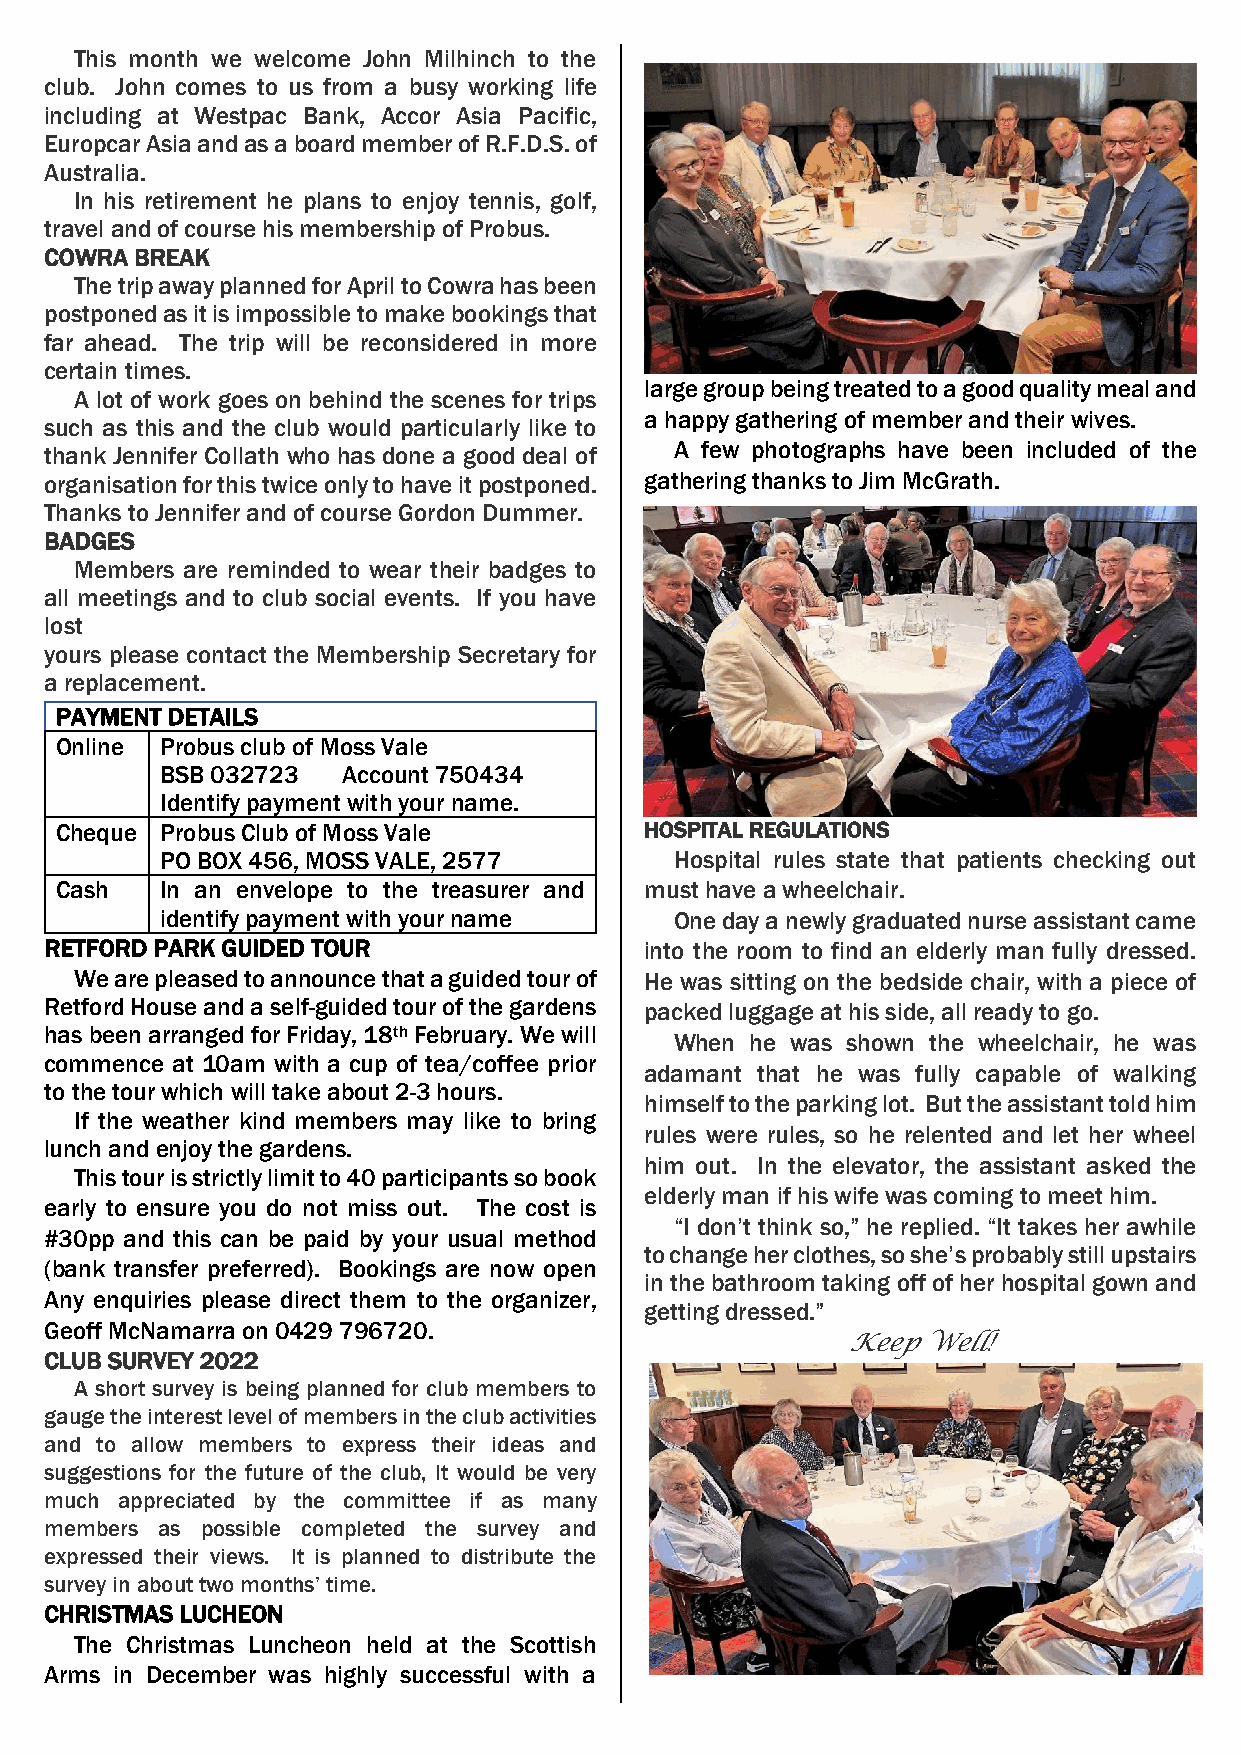
This month we welcome John Milhinch to the
 club. John comes to us from a busy working life
 including at Westpac Bank, Accor Asia Pacific,
 Europcar Asia and as a board member of R.F.D.S. of
 Australia.
 In his retirement he plans to enjoy tennis, golf,
 travel and of course his membership of Probus.
 COWRA BREAK
 The trip away planned for April to Cowra has been
 postponed as it is impossible to make bookings that
 far ahead. The trip will be reconsidered in more
 certain times.
 large group being treated to a good quality meal and
 A lot of work goes on behind the scenes for trips
 a happy gathering of member and their wives.
 such as this and the club would particularly like to
 thank Jennifer Collath who has done a good deal of A few photographs have been included of the
 organisation for this twice only to have it postponed. gathering thanks to Jim McGrath.
 Thanks to Jennifer and of course Gordon Dummer.
 BADGES
 Members are reminded to wear their badges to
 all meetings and to club social events. If you have
 lost
 yours please contact the Membership Secretary for
 a replacement.
 PAYMENT DETAILS
 Online Probus club of Moss Vale
 BSB 032723  Account 750434
 Identify payment with your name.
 Cheque Probus Club of Moss Vale        HOSPITAL REGULATIONS
 PO BOX 456, MOSS VALE, 2577       Hospital rules state that patients checking out
 Cash   In an envelope to the treasurer and must have a wheelchair.
 identify payment with your name   One day a newly graduated nurse assistant came
 RETFORD PARK GUIDED TOUR                into the room to find an elderly man fully dressed.
 We are pleased to announce that a guided tour of He was sitting on the bedside chair, with a piece of
 Retford House and a self-guided tour of the gardens packed luggage at his side, all ready to go.
 has been arranged for Friday, 18th February. We will
 When he was shown the wheelchair, he was
 commence at 10am with a cup of tea/coffee prior
 adamant that he was fully capable of walking
 to the tour which will take about 2-3 hours.
 himself to the parking lot. But the assistant told him
 If the weather kind members may like to bring
 rules were rules, so he relented and let her wheel
 lunch and enjoy the gardens.
 him out. In the elevator, the assistant asked the
 This tour is strictly limit to 40 participants so book
 elderly man if his wife was coming to meet him.
 early to ensure you do not miss out. The cost is
 “I don’t think so,” he replied. “It takes her awhile
 #30pp and this can be paid by your usual method
 to change her clothes, so she’s probably still upstairs
 (bank transfer preferred). Bookings are now open
 in the bathroom taking off of her hospital gown and
 Any enquiries please direct them to the organizer,
 getting dressed.”
 Geoff McNamarra on 0429 796720.
 Keep Well!
 CLUB SURVEY 2022
 A short survey is being planned for club members to
 gauge the interest level of members in the club activities
 and to allow members to express their ideas and
 suggestions for the future of the club, It would be very
 much appreciated by the committee if as many
 members as possible completed the survey and
 expressed their views. It is planned to distribute the
 survey in about two months’ time.
 CHRISTMAS LUCHEON
 The Christmas Luncheon held at the Scottish
 Arms in December was highly successful with a